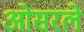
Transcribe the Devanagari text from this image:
ओसरले